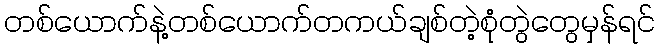
တစ်ယောက်နဲ့တစ်ယောက်တကယ်ချစ်တဲ့စုံတွဲတွေမှန်ရင်